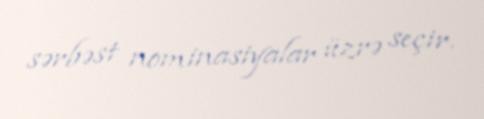
sərbəst nominasiyalar üzrə seçir.